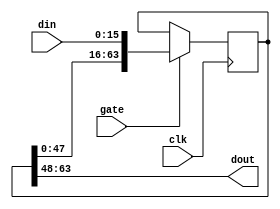
`timescale 1ns / 1ns

module reg_delay #(
	parameter dw=16,  // Width of data
	parameter len=4   // Cycles to delay
) (
	input clk,  // Rising edge clock input; all logic is synchronous in this domain
	input gate,  // Enable processing
	input [dw-1:0] din,  // Input data
	output [dw-1:0] dout  // Output data
);

// len clocks of delay.  Xilinx should turn this into
//   dw*floor((len+15)/16)
// SRL16 shift registers, since there are no resets.
generate if (len > 1) begin: usual
	reg [dw*len-1:0] shifter=0;
	always @(posedge clk) if (gate) shifter <= {shifter[dw*len-1-dw:0],din};
	assign dout = shifter[dw*len-1:dw*len-dw];
end else if (len > 0) begin: degen1
	reg [dw*len-1:0] shifter=0;
	always @(posedge clk) if (gate) shifter <= din;
	assign dout = shifter[dw*len-1:dw*len-dw];
end else begin: degen0
	assign dout = din;
end
endgenerate

endmodule